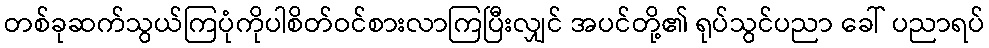
တစ်ခုဆက်သွယ်ကြပုံကိုပါစိတ်ဝင်စားလာကြပြီးလျှင် အပင်တို့၏ ရုပ်သွင်ပညာ ခေါ် ပညာရပ်